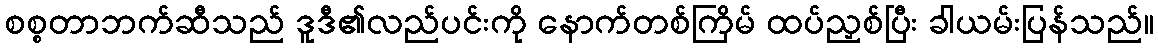
စစ္စတာဘက်ဆီသည် ဒူဒီ၏လည်ပင်းကို နောက်တစ်ကြိမ် ထပ်ညှစ်ပြီး ခါယမ်းပြန်သည်။